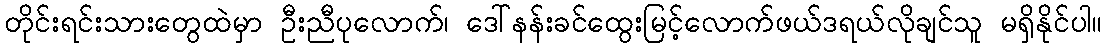
တိုင်းရင်းသားတွေထဲမှာ ဦးညီပုလောက်၊ ဒေါ်နန်းခင်ထွေးမြင့်လောက်ဖယ်ဒရယ်လိုချင်သူ မရှိနိုင်ပါ။